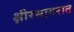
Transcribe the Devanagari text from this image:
क्षीरसागरात